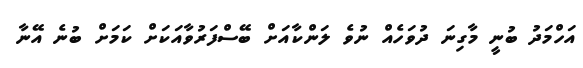
އަހްމަދު ބުނީ މާގިނަ ދުވަހެއް ނުވެ ލަންކާއަށް ބޭސްފަރުވާއަކަށް ކަމަށް ބުނެ އޭނާ